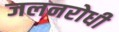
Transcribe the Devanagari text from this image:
जलनरोधी